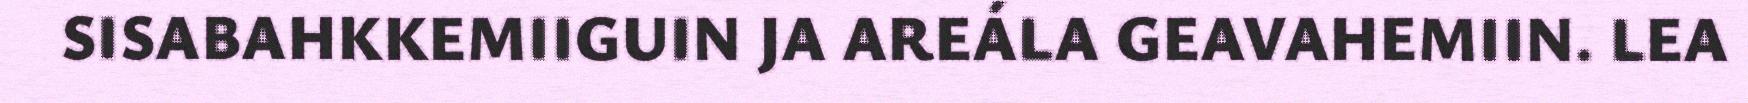
SISABAHKKEMIIGUIN JA AREÁLA GEAVAHEMIIN. LEA